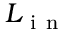
L _ { \mathrm { ~ i ~ n ~ } }